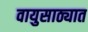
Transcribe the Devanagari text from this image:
वायुसाठ्यात